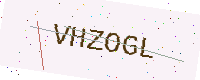
Text: VHZOGL